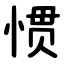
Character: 惯